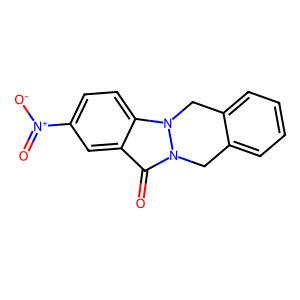
SMILES: O=c1c2cc([N+](=O)[O-])ccc2n2n1Cc1ccccc1C2
Inhibits HIV replication: No